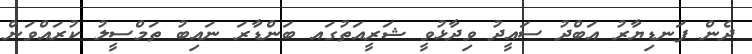
ދެން ފަނޑިޔާރު އަބްދު ސައީދު ވިދާޅުވީ ޝަރީއަތުގައ ބަންޑާރަ ނައިބު ތަމްސީލު ކުރައްވަން